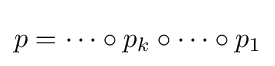
p=\cdots \circ p_{k}\circ \cdots \circ p_{1}